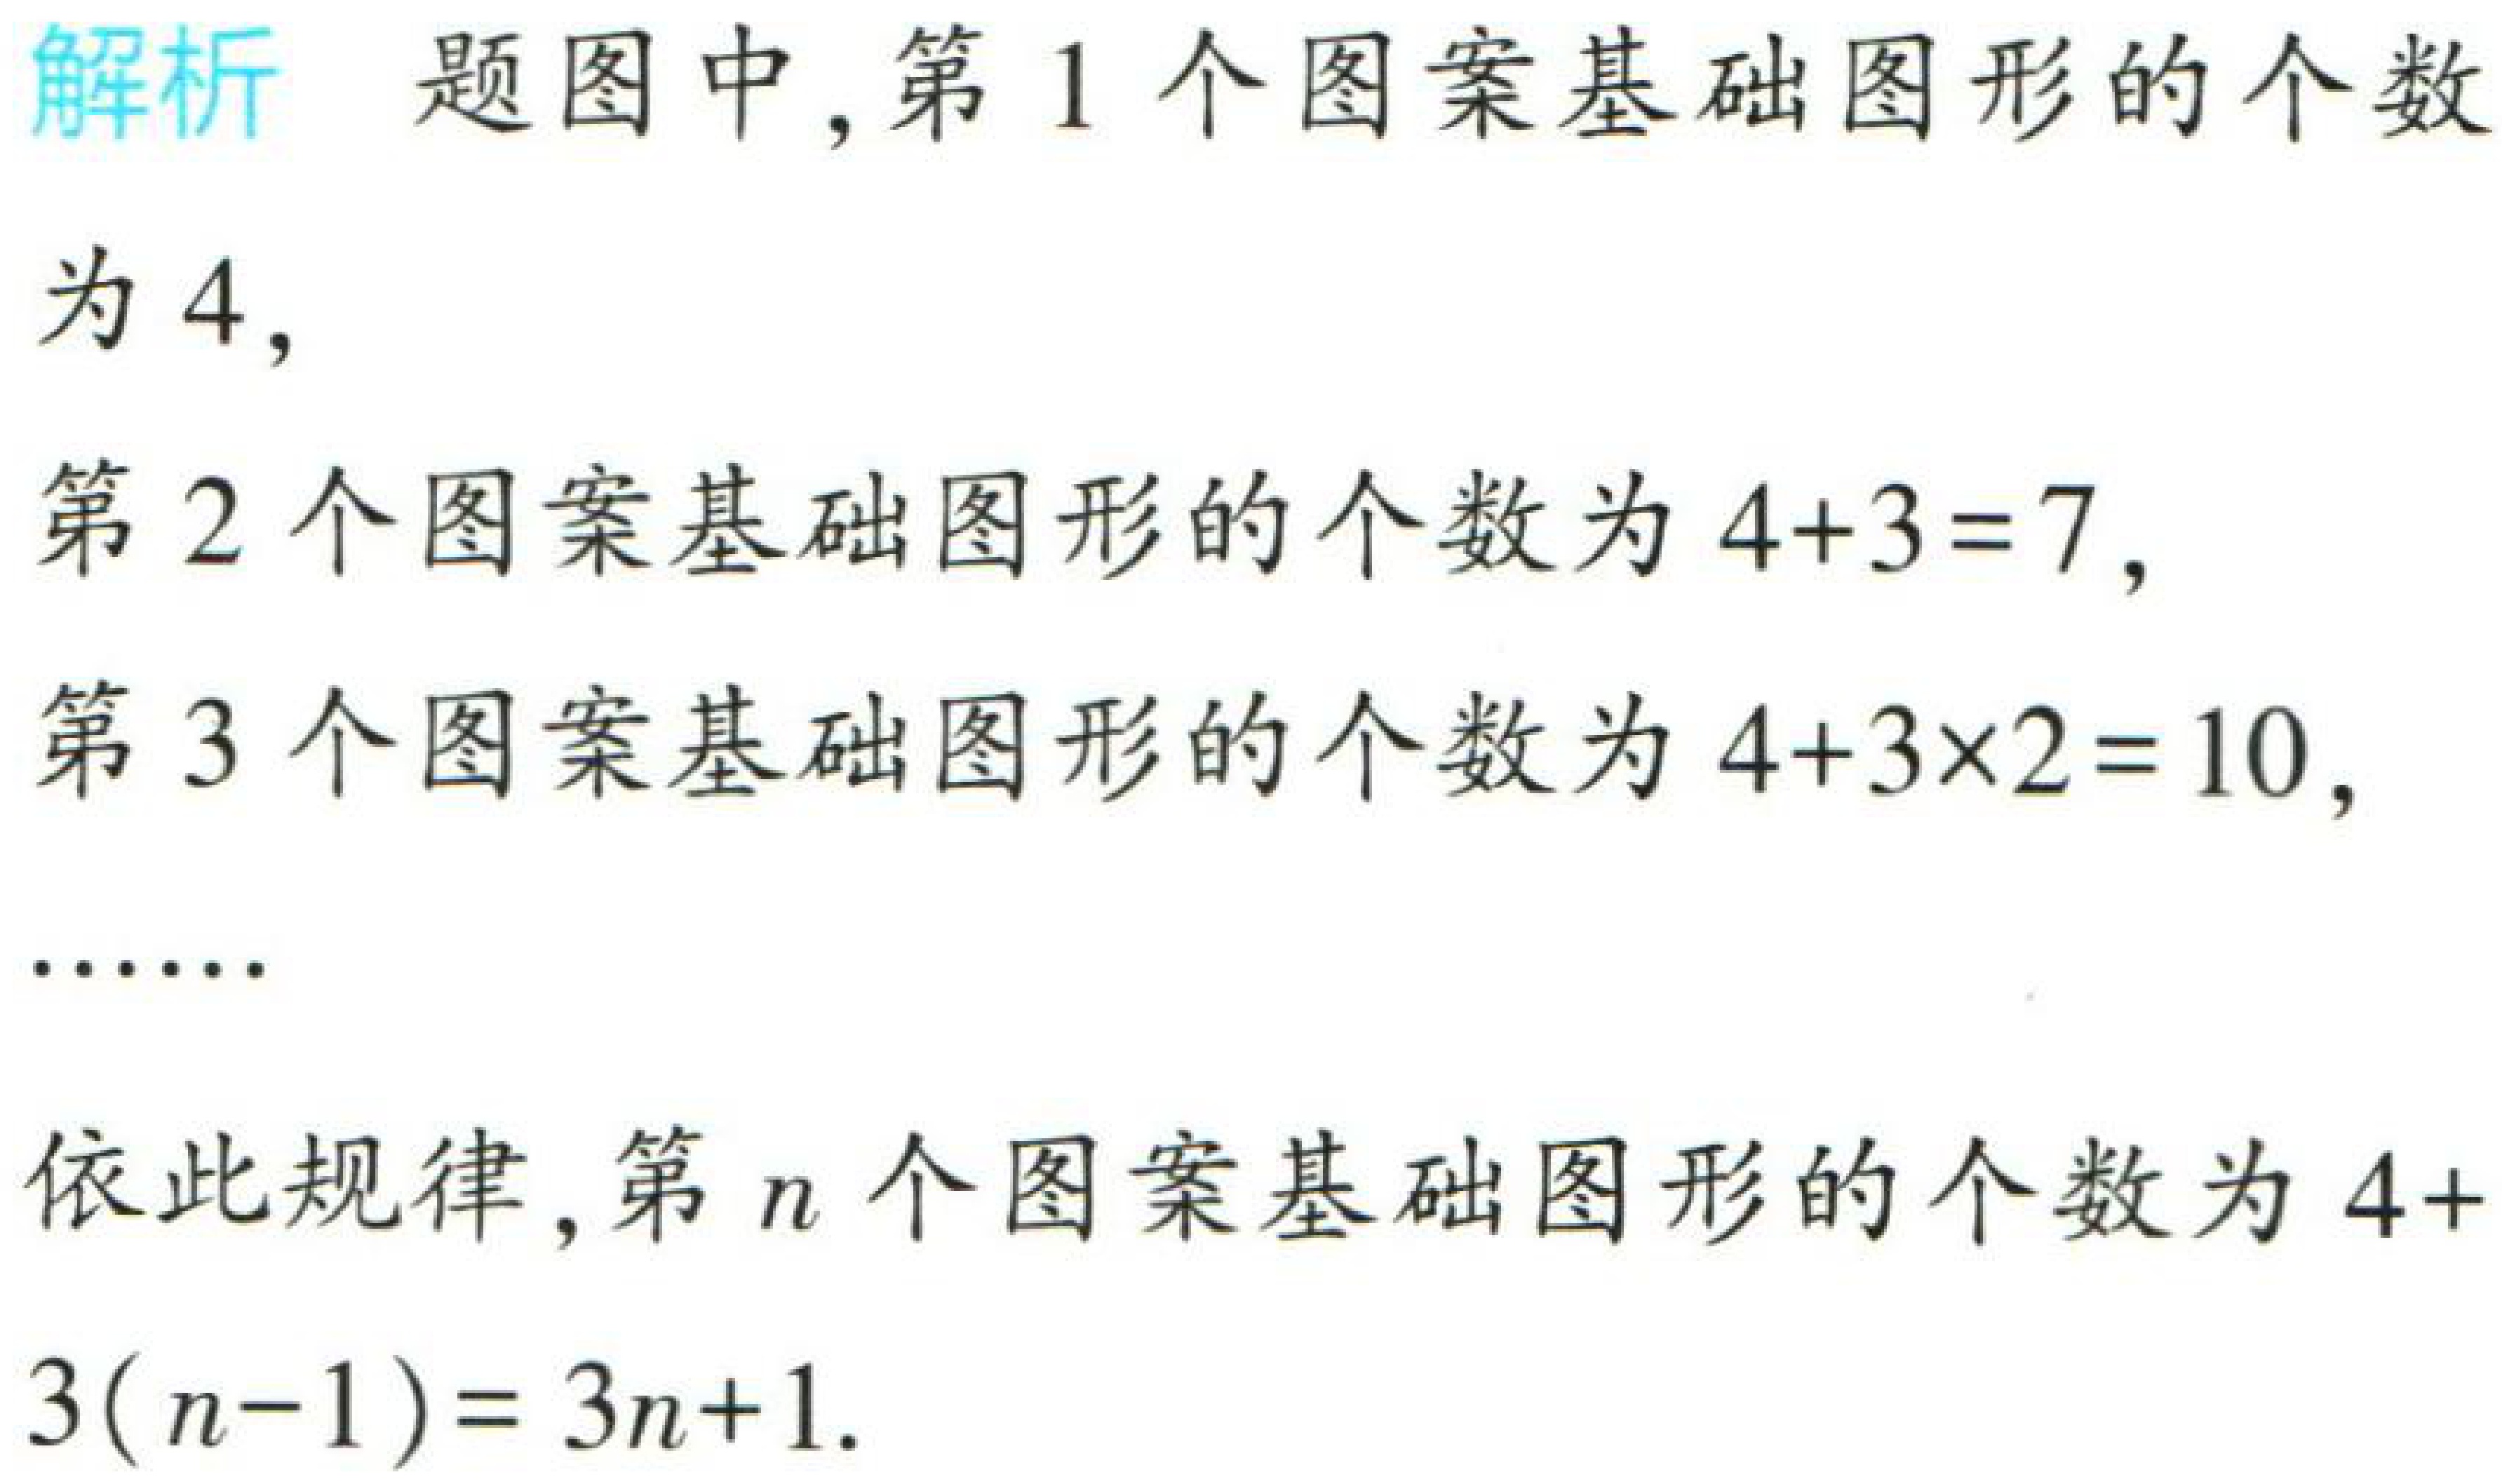
解析 题图中,第1个图案基础图形的个数

为4,

第2个图案基础图形的个数为\(4 + 3 = 7\),

第3个图案基础图形的个数为\(4+3\times2 = 10\),

……

依此规律,第\(n\)个图案基础图形的个数为\(4 + 3(n - 1)=3n + 1\).